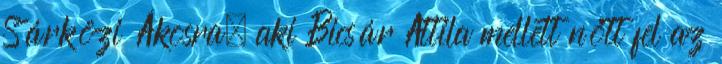
Sárközi Ákosra, aki Bicsár Attila mellett nőtt fel az